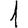
Digit: 1